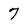
Character: 7